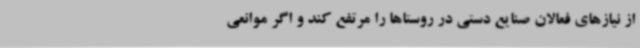
از نیازهای فعالان صنایع دستی در روستاها را مرتفع کند و اگر موانعی